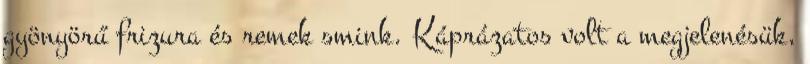
gyönyörű frizura és remek smink. Káprázatos volt a megjelenésük,